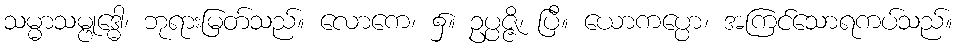
သမ္မာသမ္ဗုဒ္ဓေါ၊ ဘုရားမြတ်သည်။ လောကေ၊ ၌။ ဥပ္ပဇ္ဇိ၊ ပြီ။ ယောကပ္ပော၊ အကြင်သောရကပ်သည်။